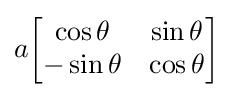
a{\begin{bmatrix}\cos \theta &\sin \theta \\-\sin \theta &\cos \theta \end{bmatrix}}